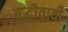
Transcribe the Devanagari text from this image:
बुद्धीवादी